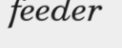
feeder